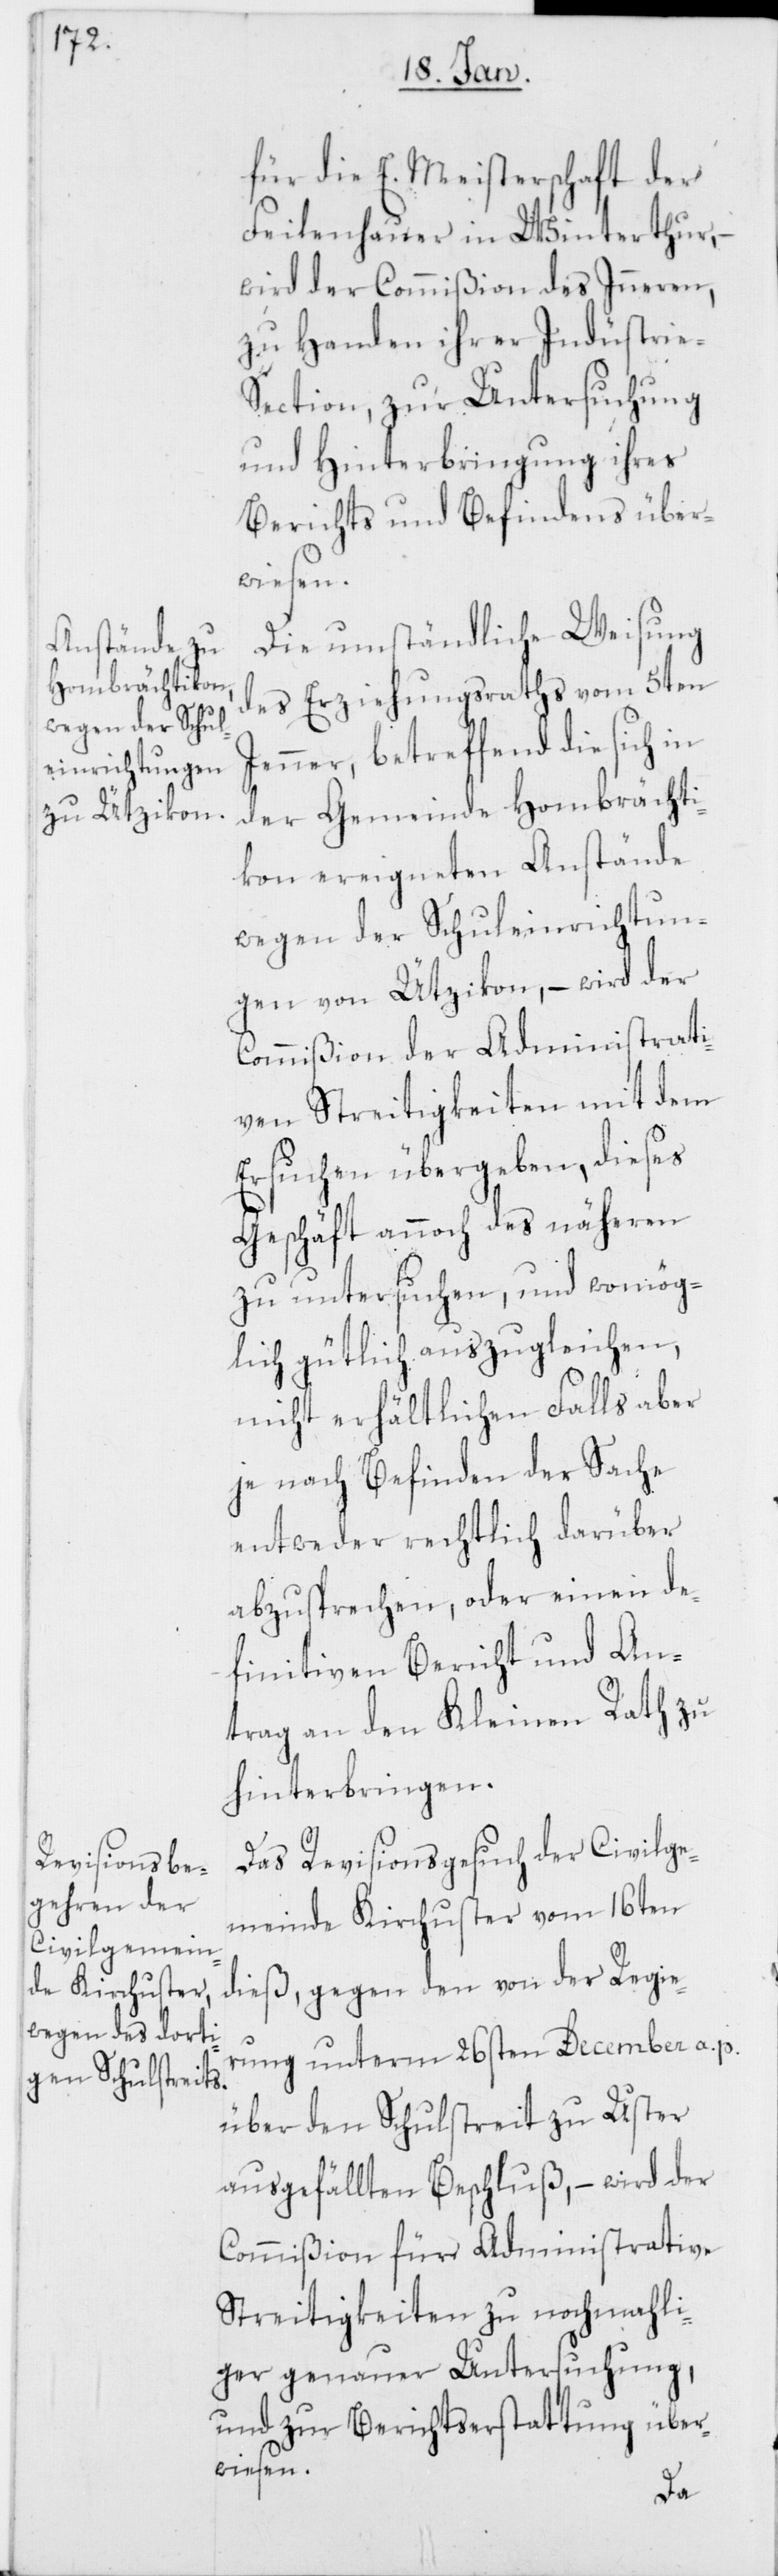
für die E. Meisterschaft der
Feilenhauer in Winterthur,
wird der Commißion des Inneren,
zu Handen ihrer Industrie-S¬
ection, zur Untersuchung
und Hinterbringung ihres
Berichts und Befindens über¬
wiesen.
Die umständliche Weisung
des Erziehungsraths vom 5ten
Jenner, betreffend die sich in
der Gemeinde Hombrächti¬
kon ereigneten Anstände
wegen der Schuleinrichtun¬
gen von Ützikon, – wird der
Commißion der Administrati¬
ven Streitigkeiten mit dem
Ersuchen übergeben, dieses
Geschäft annoch des näheren
zu untersuchen, und womög¬
lich gütlich auszugleichen,
nicht erhältlichen Falls aber
je nach Befinden der Sache
entweder rechtlich darüber
abzusprechen, oder einen de¬
finitiven Bericht und An¬
trag an den Kleinen Rath zu
hinterbringen.
Das Revisionsgesuch der Civilge¬
meinde Kirchuster vom 16ten
dieß, gegen den von der Regie¬
rung unterm 26sten Decembris a. p.
über den Schulstreit zu Uster
ausgefällten Beschluß, – wird der
Commißion für Administrative
Streitigkeiten zu nochmahli¬
ger genauer Untersuchung,
und zur Berichtserstattung über¬
wiesen.